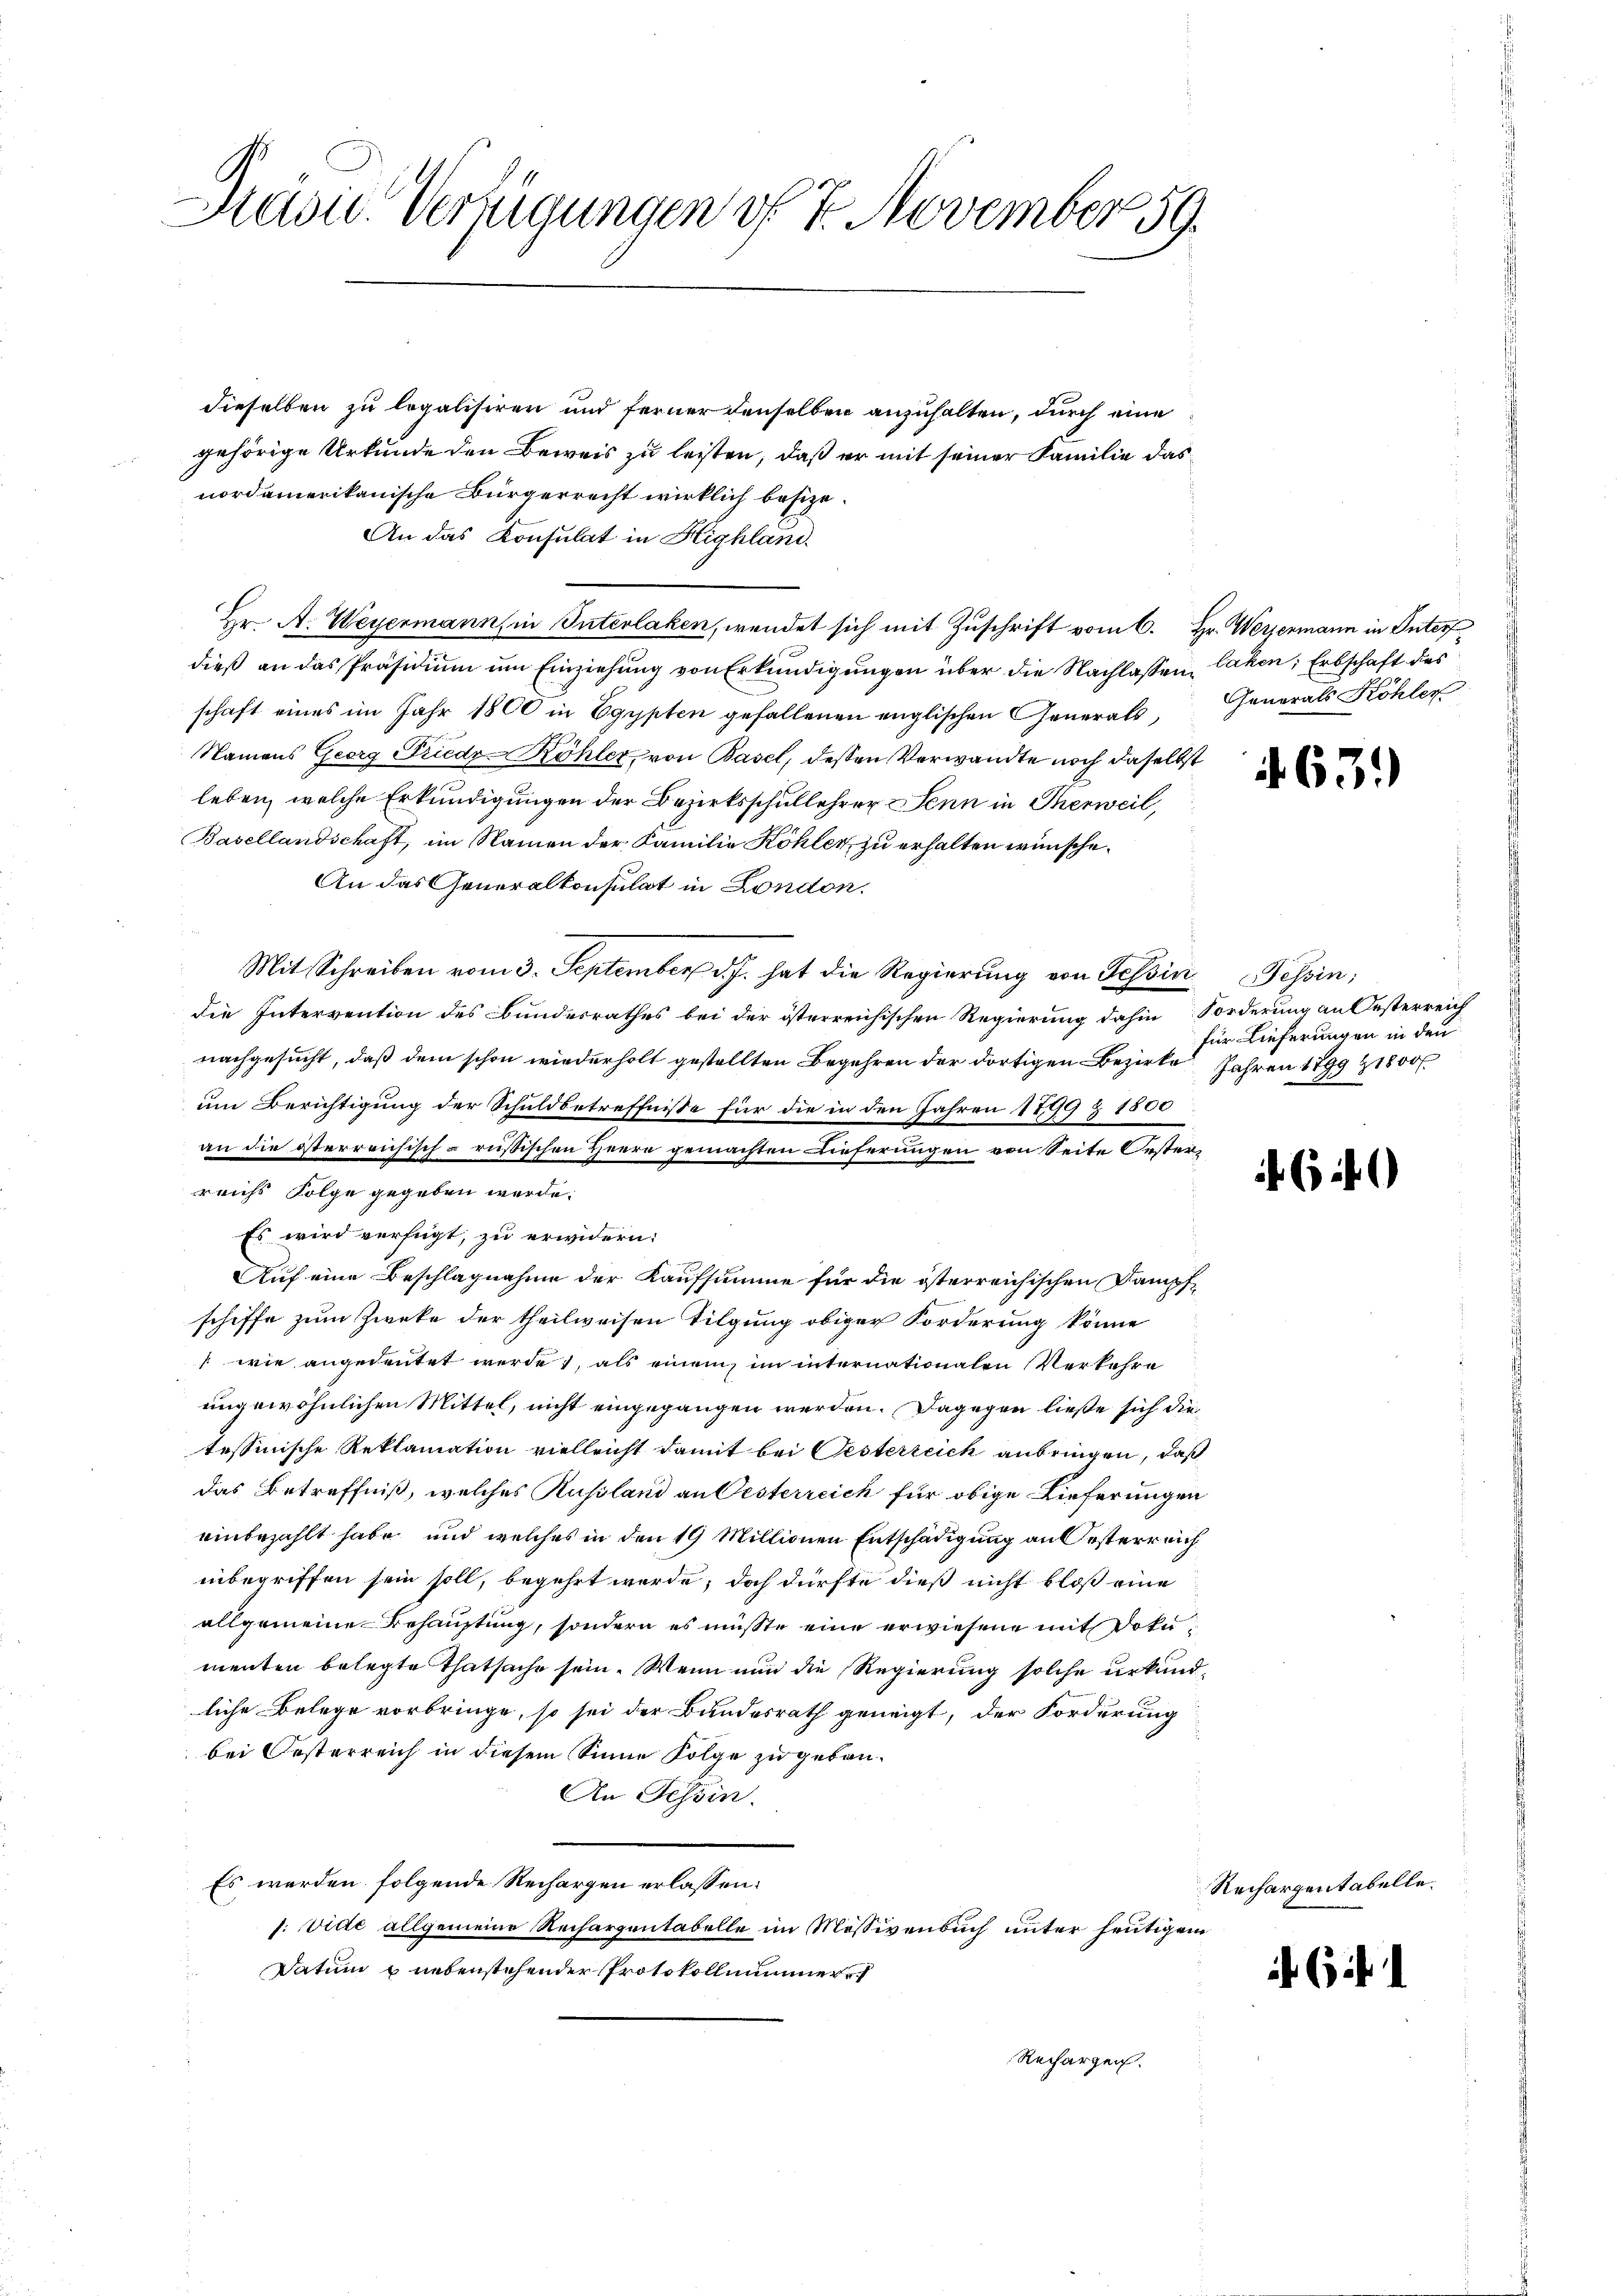
Sass. Verfügungen d. 7. November 59.

dieselben zu legalisiren und ferner denselben anzuhalten, durch eine
gehörige Urkunde den Beweis zu leisten, daß er mit seiner Familie das
nordamerikanische Bürgerrecht wirklich besize¬
An das Konsulat in Highland.
Hr. A. Weyermann, in Interlaken, wendet sich mit Zuschrift vom 6. Hr. Wergermann in Interf
dieß an das Präsidium um Einziehung von Erkundigungen über die Nachlassen, lahen, Erbschaft des
schaft eines im Jahr 1800 in Egypten gefallenen englischen Generals Generals Köhler
Namens Georg Friedr-Köhler, von Basel, dessen Verwandte noch daselbst
leben, welche Erkundigungen der Bezirksschullehrer Senn in Therweil,
Basellandschaft, im Namen der Familie Köhler zu erhalten wünsche.
An das Generalkonsulat in London.
Mit Schreiben vom 3. September d. J. hat die Regierung von Tessin Tessin;
die Intervention des Bundesrathes bei der österreichischen Regierung dahin Forderung an Oesterreich
nachgesucht, daß dem schon wiederholt gestellten Begehren der dortigen Bezirke Jahren 1899 1800
um Berichtigung der Schuldbetreffnisse für die in den Jahren 1799 & 1800
an die österreichisch-russischen Heere gemachten Dieferungen von Seite Oesterreichs Folge gegeben werde.
Es wird verfügt, zu erwidern:
Auf eine Beschlagnahme der Kaufsumme für die österreichischen Dampfschiffe zum Zweke der theilweisen Tilgung obiger Forderung könne
1 wie angedeutet werde, als einem im internationalen Verkehre
ungewöhnlichen Mittel, nicht eingegangen werden. Dagegen ließe sich die
tessinische Reklamation vielleicht damit bei Oesterreich anbringen, daß
das Betreffniß, welches Russland an Oesterreich für obige Lieferungen
einbezahlt habe und welches in den 19 Millionen Entschädigung an Oesterreich
inbegriffen sein soll, begehrt werde, doch dürfte dieß nicht bloß eine
allgemeine Behauptung, sondern es müsste eine erwiesene mit Dokumenten belegte Thatsache sein. Wenn nun die Regierung solche urkundliche Belege vorbringe, so sei der Bundesrath geneigt, der Forderung
bei Oesterreich in diesem Sinne Folge zu geben.
An Tessin.
Es werden folgende Rechargen erlassen:
1: Vide allgemeine Rechargentabelle im Mössivenbuch unter heutigem
Datum & nebenstehender Protokollnummer
Rechargen.

i. 63.)

für Lieferungen in den

46 f.

Rechargentabelle.

6